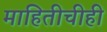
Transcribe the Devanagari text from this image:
माहितीचीही